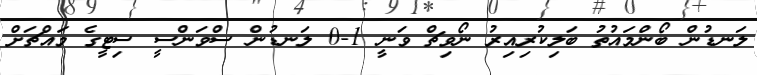
ލަނޑުން ބޯންމައުތު ބަލިކުރިއިރު ނޯވިޗް ވަނީ 1-0 ލަނޑުން ސްވަންސީ ސިޓީގެ މައްޗަށް